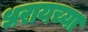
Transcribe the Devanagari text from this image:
धरायच्या